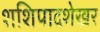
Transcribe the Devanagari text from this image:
शशिपादशेखर